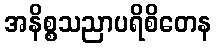
အနိစ္စသညာပရိစိတေန